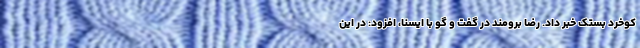
کوخرد بستک خبر داد. رضا برومند در گفت و گو با ایسنا، افزود: در این